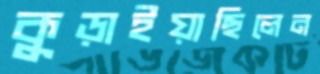
কুড়াইয়াছিলেন